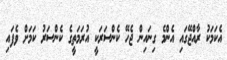
އެކަމަކު ރާއްޖޭގައި އެންމެ ގިނައިން ޖެހޭ ކެންސަރަކީ އުރަމަތީގެ ކެންސަރު ކަމަށް ވެފައި